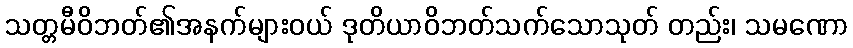
သတ္တမီဝိဘတ်၏အနက်များဝယ် ဒုတိယာဝိဘတ်သက်သောသုတ် တည်း၊ သမဏော